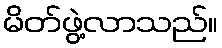
မိတ်ဖွဲ့လာသည်။